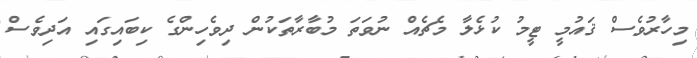
މިހާރުވެސް ޤައުމީ ޓީމު ކުޅެލާ މެޗެއް ނުވަތަ މުބާރާތަކުން ދިވެހިންގެ ކިބައިގައި އަދިވެސް